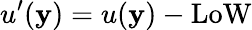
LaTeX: u^{\prime}(\mathbf{y})=u(\mathbf{y})-\mathrm{{LoW}}